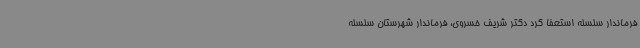
فرماندار سلسله استعفا کرد دکتر شریف خسروی، فرماندار شهرستان سلسله